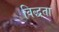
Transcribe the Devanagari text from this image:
विद्धता